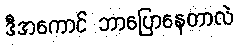
ဒီအကောင် ဘာပြောနေတာလဲ